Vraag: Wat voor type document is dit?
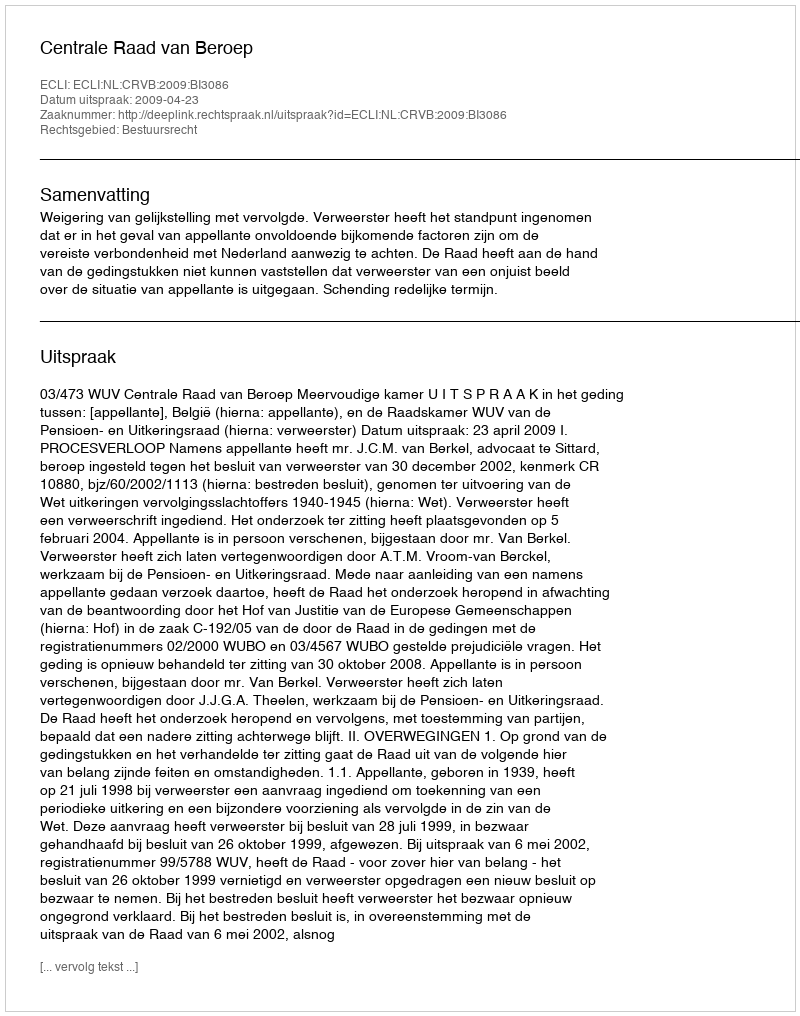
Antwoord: Uitspraak